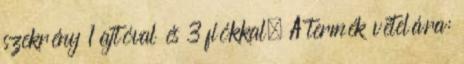
szekrény 1 ajtóval és 3 fiókkal. A termék vételára: